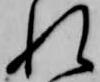
れ